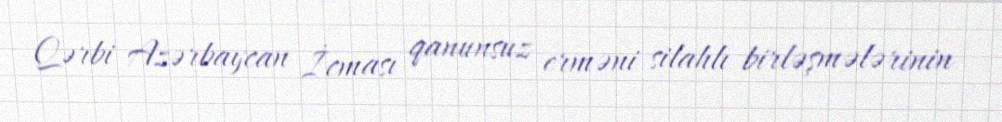
Qərbi Azərbaycan İcması qanunsuz erməni silahlı birləşmələrinin